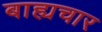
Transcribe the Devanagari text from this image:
बाह्यचार